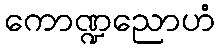
ကောဏ္ဍညောဟံ